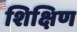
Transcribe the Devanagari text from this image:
शिक्षिण